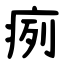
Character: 㾐